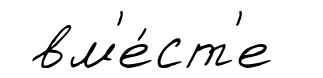
вм'е́ст'е